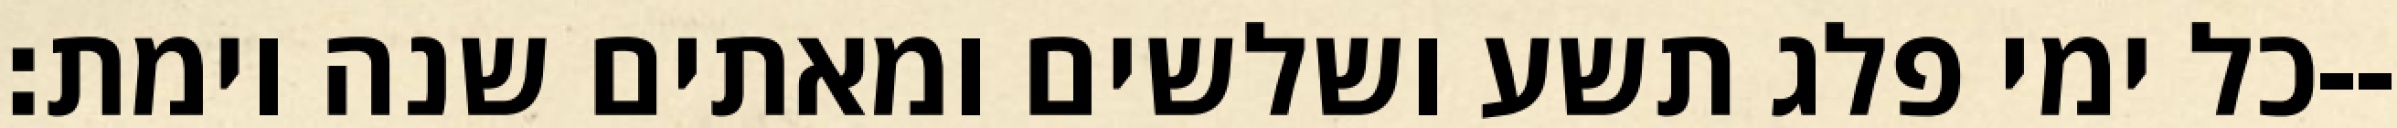
כל ימי פלג תשע ושלשים ומאתים שנה וימת׃--